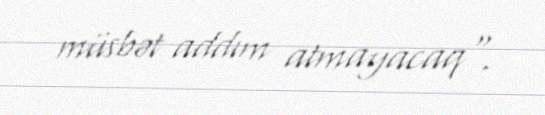
müsbət addım atmayacaq".